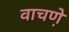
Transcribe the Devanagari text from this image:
वाचणे़